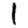
Digit: 1